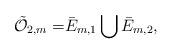
LaTeX: \begin{align*}\tilde{\mathcal{O}}_{2,m}=& \bar{E}_{m,1} \bigcup \bar{E}_{m,2},\end{align*}